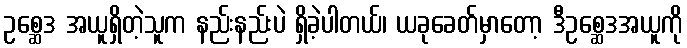
ဥစ္ဆေဒ အယူရှိတဲ့သူက နည်းနည်းပဲ ရှိခဲ့ပါတယ်၊ ယခုခေတ်မှာတော့ ဒီဥစ္ဆေဒအယူကို